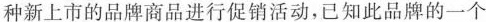
种新上市的品牌商品进行促销活动，已知此品牌的一个